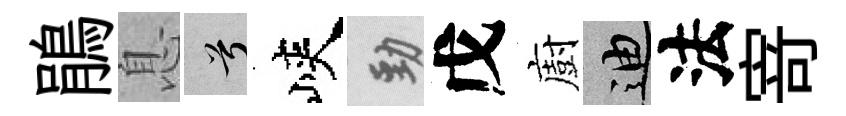
鵑息兮峽勁戊廚迪法𭔃